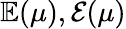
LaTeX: \mathbb{E}(\mu),\mathcal{E}(\mu)